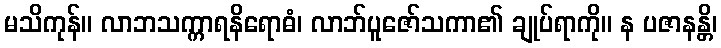
မသိကုန်။ လာဘသက္ကာရနိရောဓံ၊ လာဘ်ပူဇော်သကာ၏ ချုပ်ရာကို။ န ပဇာနန္တိ၊